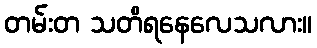
တမ်းတ သတိရနေလေသလား။